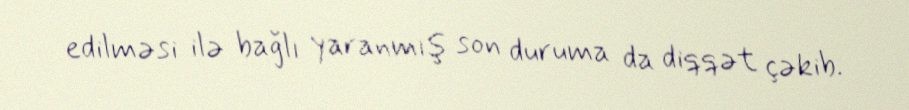
edilməsi ilə bağlı yaranmış son duruma da diqqət çəkib.